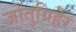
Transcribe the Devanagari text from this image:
जोतुग्रिहेर